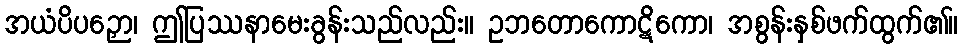
အယံပိပဉှော၊ ဤပြဿနာမေးခွန်းသည်လည်း။ ဥဘတောကောဋိကော၊ အစွန်းနှစ်ဖက်ထွက်၏။